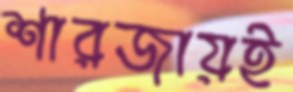
শারজায়ই